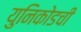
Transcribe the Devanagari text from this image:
युनिकोडची